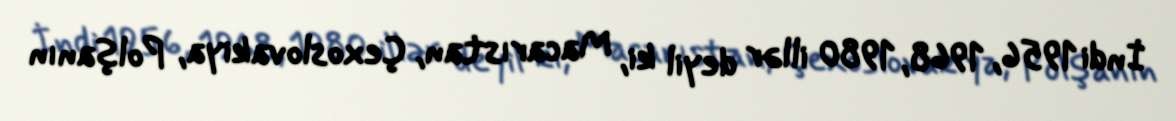
İndi 1956, 1968, 1980 illər deyil ki, Macarıstan, Çexoslovakiya, Polşanın